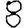
Digit: 8